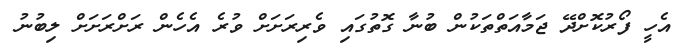
އެހީ ފޯރުކޮށްދޭ ޖަމާއަތްތަކުން ބުނާ ގޮތުގައި ވެރިރަށަށް ވުރެ އެހެން ރަށްރަށަށް ލިބުނު